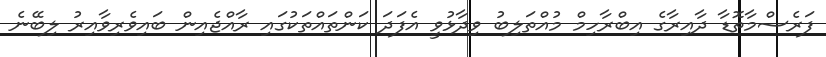
ފަރެސްމާތޮޑާ ދާއިރާގެ އިބްރާހިމް މުއްތަލިބު ވިދާޅުވީ އެފަދަ ކަންތައްތަކުގައި ރާއްޖެއިން ބައިވެރިވާއިރު ލިބޭނެ